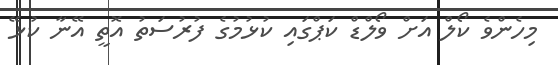
މިހެންވެ ކޯލް އަށް ވޯލްޑް ކަޕްގައި ކުޅުމުގެ ފުރުސަތު އޮތީ އޭނާ ކުޅޭ